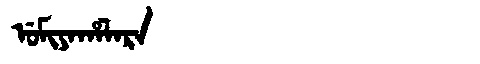
Manchu: ᡠᠮᡳᠶᠠᡥᠠᠯᠠᡵᠠ
Romanization: UMIYAHALARA